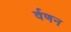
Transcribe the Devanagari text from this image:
र्वणन